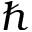
\hbar